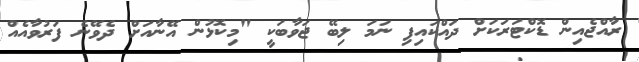
ރާއްޖެއިން ޑޮކްޓަރަކަށް ދައްކައިފި ނަމަ ލިބޭ ޖަވާބަކީ "މިކޮޅުން އޭނާއަށް ދެވޭނެ ފަރުވާއެއް